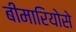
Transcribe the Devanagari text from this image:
बीमारियोसे